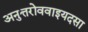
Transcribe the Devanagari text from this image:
अनुत्तरोववाइयदसा